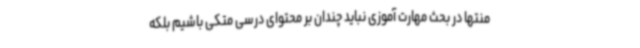
منتها در بحث مهارت آموزی نباید چندان بر محتوای درسی متکی باشیم بلکه